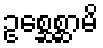
ဥစ္ဆေစ္ဆာမိ